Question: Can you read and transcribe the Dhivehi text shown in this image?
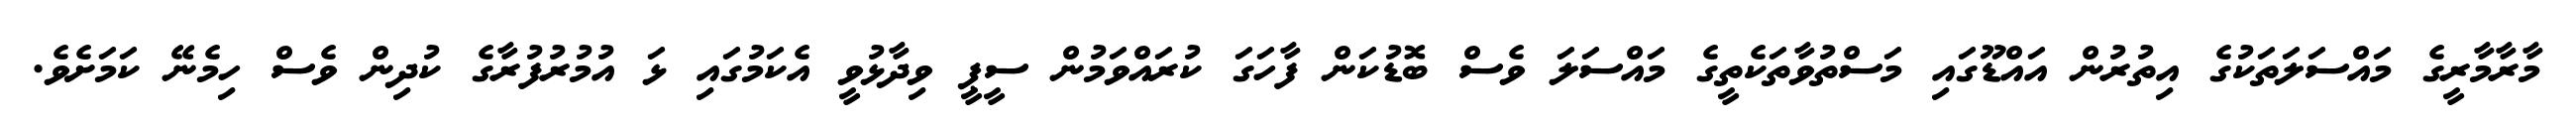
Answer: މާރާމާރީގެ މައްސަލަތަކުގެ އިތުރުން އައްޑޫގައި މަސްތުވާތަކެތީގެ މައްސަލަ ވެސް ބޮޑުކަން ފާހަގަ ކުރައްވަމުން ސީޕީ ވިދާޅުވީ އެކަމުގައި ޅަ އުމުރުފުރާގެ ކުދިން ވެސް ހިމެނޭ ކަމަށެވެ.